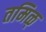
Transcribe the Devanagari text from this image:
तमिळ्